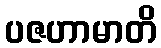
ပဇဟာမာတိ